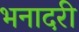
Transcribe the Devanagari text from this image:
भनादरी